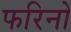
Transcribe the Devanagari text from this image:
फरिनो